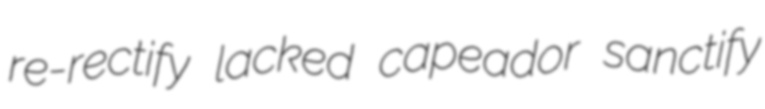
re-rectify lacked capeador sanctify